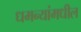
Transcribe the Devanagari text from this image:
धमन्यांमधील